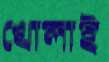
খোলাই